Civil Veterinary Department Bihar & Orissa reports 1911-21 - 1911-1921
Year: 1911
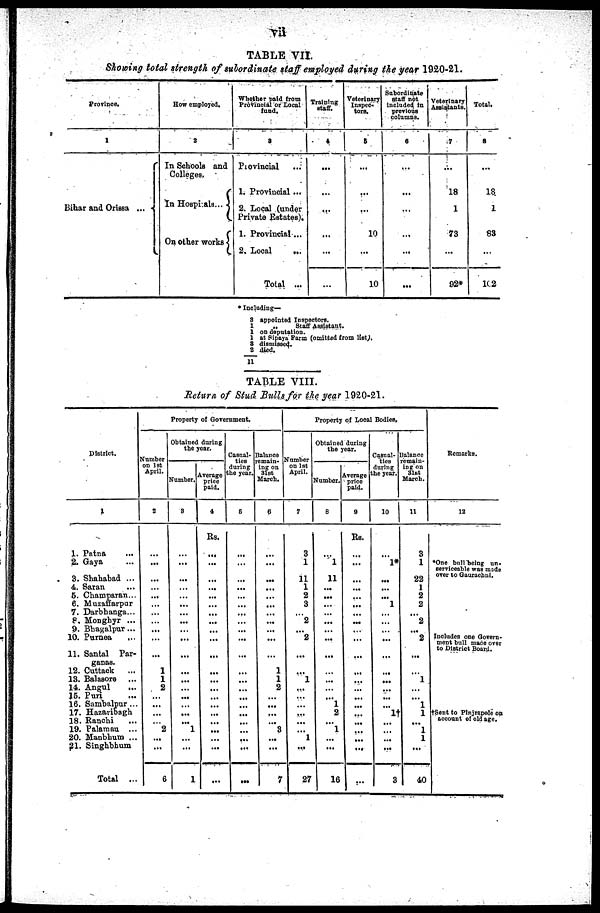
vii
TABLE VII.
Showing total strength of subordinate staff employed during the year 1920-21.
Province.
1
Bihar and Orissa ...
How employed.
2
In Schools and
Colleges.
In Hospials...
On other works
Whether paid from
Provincial or Local
fund.
8
Provincial
1. Provincial ...
2. Local (under
Private Estates).
1. Provincial...
2. Local
...
Total ...
Training
staff.
4
...
...
...
...
...
Veterinary
Inspec-
tors.
5
...
...
10
...
10
Subordinate
staff not
included in
previons
columns.
6
...
...
...
...
...
Veterinary
Assistants.
7
18
1
73
...
92*
Total.
8
18
1
83
...
102
*Including—
3
1
1
1
8
2
11
appointed Inspectors.
Staff Assistant.
on deputation.
at Sipaya Farm (omitted from list).
dismissed.
died.
TABLE VIII.
Return of Stud Bulls for the year 1920-21.
District.
1
1. Patna ...
2. Gaya ...
3. Shahabad ...
4. Saran ...
5. Champaran ...
6. Muzaffarpur
7. Darbhanga...
8. Monghyr ...
9. Bhagalpur...
10. Purnea ...
11. Santal Par¬
ganas.
12. Cuttack ...
13. Balasore ...
14. Angul
...
15. Puri ...
16. Sambalpur ...
17. Hazavibagh
18. Ranchi ...
19. Palamau ...
20. Manbhum ...
21. Singhbhum
Total ...
Property of Government.
Number
on 1st
April.
2
...
...
... ...
...
...
...
...
...
...
...
1
1
2
...
...
...
...
2
...
...
6
Obtained during
the year.
Number.
3
...
...
...
...
...
...
...
...
...
...
...
...
...
...
...
...
...
...
1
...
...
1
Average
price
paid.
4
Rs.
...
...
...
...
...
...
...
...
...
...
...
...
...
...
...
...
...
...
...
...
...
...
Casual¬
ties
during
the year.
5
...
...
...
...
...
...
...
...
...
...
...
...
...
...
...
...
...
...
...
...
...
...
Balance
remain¬
ing on
31st
March.
6
...
...
...
...
...
...
...
...
...
...
...
1
1
2
...
...
...
...
3
...
...
7
Property of Local Bodies,
Number
on 1st
April.
7
3
1
11
1
2
3
...
2
...
2
...
...
1
...
...
...
...
...
...
1
...
27
Obtained during
the year.
Number.
8
...
1
11
...
...
...
...
...
...
...
...
...
...
...
...
1
2
...
1
...
...
16
Average
price
paid.
9
Rs.
...
...
... ...
...
...
...
...
...
...
...
...
...
...
...
...
...
...
...
...
...
Casual-
ties
during
the year.
10
...
l *
...
...
...
1
...
...
...
...
...
...
...
...
...
1†
...
...
...
3
Balance
remain-
ing on
31st
March.
11
3
1
22
1
2
2
...
2
...
2
...
...
1
...
...
1
1
1
1
...
40
Remarks.
12
*One bull being un.
serviceable was made
over to Gaurachni.
Includes one Govern-
ment bull made over
to District Board.
†Sent to Pinjrapole on
account of old age.